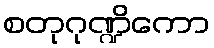
စတုဂုဏ္ဍိကော